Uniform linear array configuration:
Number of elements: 8
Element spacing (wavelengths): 0.5
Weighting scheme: blackman
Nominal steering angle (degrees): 30
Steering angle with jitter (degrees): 28.259
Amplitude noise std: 0.05
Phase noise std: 0.05

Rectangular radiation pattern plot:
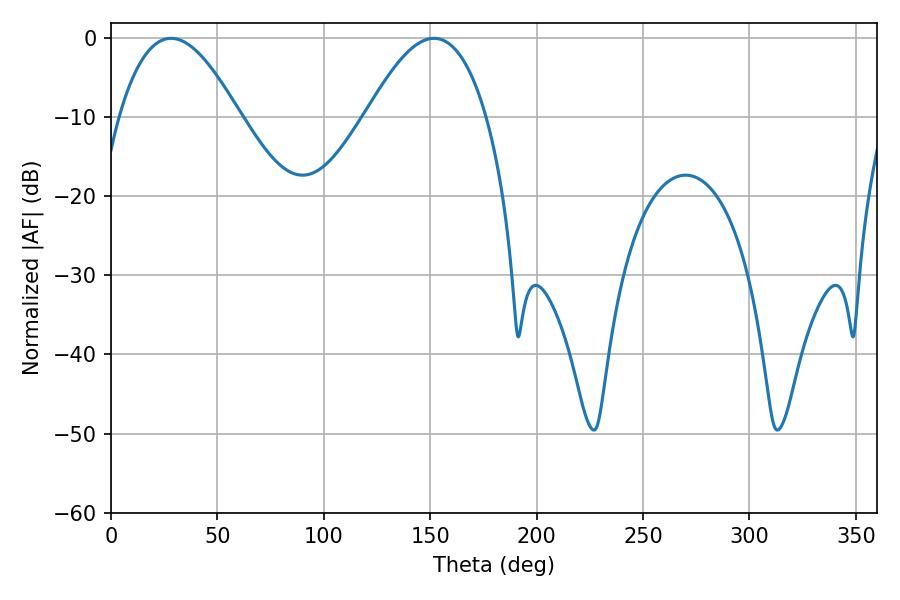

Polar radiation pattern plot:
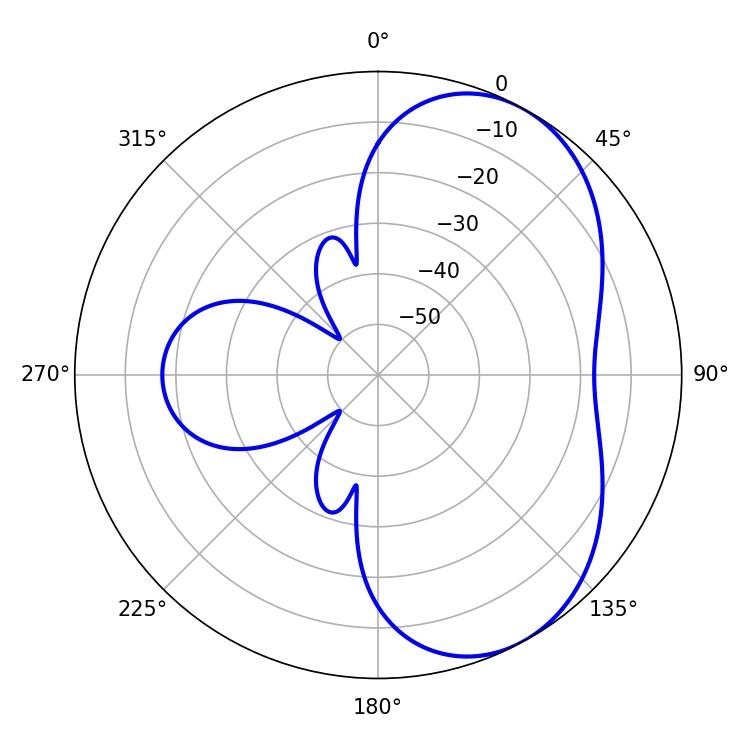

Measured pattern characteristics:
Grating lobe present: FALSE
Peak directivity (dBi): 5.315
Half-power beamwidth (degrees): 30.78
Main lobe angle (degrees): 28.26